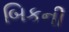
બિકની